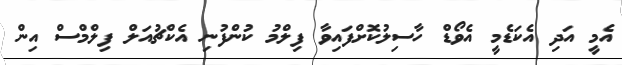
އެމީ އަދި އެކަޑެމީ އެވޯޑް ހާސިލުކޮށްފައިވާ ފިލްމު ކުންފުނި އެކްޗުއަލް ފިލްމްސް އިން